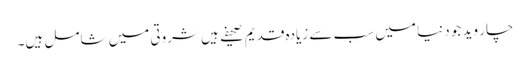
چار وید جو دنیا میں سب سے زیادہ قدیم صحیفے ہیں شروتی میں شامل ہیں۔